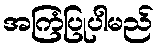
အကြံပြုပါမည်